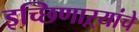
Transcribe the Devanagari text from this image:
इच्छिणाऱ्यांचे